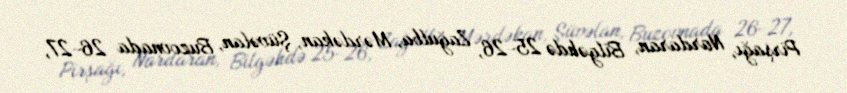
Pirşağı, Nardaran, Bilgəhdə 25-26, Zağulba, Mərdəkan, Şüvəlan, Buzovnada 26-27,